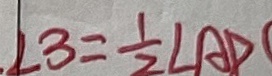
\angle 3 = \frac { 1 } { 2 } \angle A D